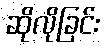
ဆိုလိုခြင်း